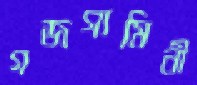
গজগামিনী